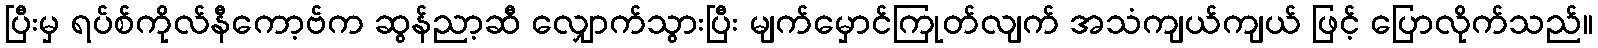
ပြီးမှ ရပ်စ်ကိုလ်နီကော့ဗ်က ဆွန်ညာ့ဆီ လျှောက်သွားပြီး မျက်မှောင်ကြုတ်လျက် အသံကျယ်ကျယ် ဖြင့် ပြောလိုက်သည်။